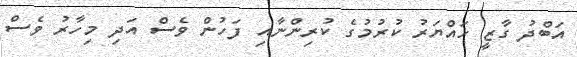
އަބްދު ގާޒީ ހައްޔަރު ކުރުމުގެ ކުރިންނާއި ފަހުން ވެސް އަދި މިހާރު ވެސް